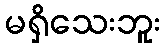
မရှိသေးဘူး